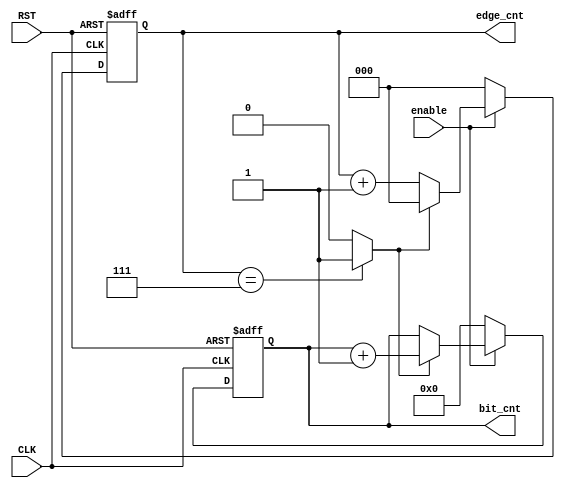
/*
Module: edge_counter.v
Owner : Omar  Salah
-------------------------
Description :
-------------

-------------------------
Mapping     :
-------------
edge_counter counter 
(
  .CLK          ()     ,
  .RST          ()     ,
  .enable       ()     ,
  .bit_cnt      ()     ,
  .edge_cnt     ()        
);
*/

module  edge_counter 
(
  input   wire                          CLK     ,
  input   wire                          RST     ,  
  input   wire                          enable  ,
  output  reg   [3:0]                   bit_cnt ,
  output  reg   [2:0]                   edge_cnt
);

wire edg_counter_done ;

//edg_counter_done
assign  edg_counter_done = (edge_cnt  ==  'b111)  ? 1'b1  : 1'b0  ;

//Edge counter for each clk  cycle

always  @ (posedge  CLK or  negedge RST)
  begin
    if(!RST)
      begin
        edge_cnt <=  'b0                    ;        
      end
    else
      begin
        if(enable)
          begin
            if(edg_counter_done)
              begin
                edge_cnt <=  'b0             ;
              end
            else 
              begin
                edge_cnt <=  edge_cnt + 1 ;
              end
          end
        else
          begin
            edge_cnt <=  'b0                 ;
          end
      end
  end
  //Bit Counter for each sampled bit
  
always  @ (posedge  CLK  or negedge RST)
  begin
    if(!RST)
      begin
       bit_cnt  <=  'b0; 
      end
    else  if  (enable)
      begin
        if(edg_counter_done)
          begin
            bit_cnt <=  bit_cnt + 1 ;
          end
      end
    else
      begin
        bit_cnt <=  'b0;
      end
  end
  
endmodule